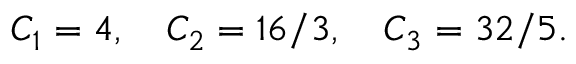
C _ { 1 } = 4 , \quad C _ { 2 } = { 1 6 } / { 3 } , \quad C _ { 3 } = { 3 2 } / { 5 } .